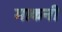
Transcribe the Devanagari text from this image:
माकनी